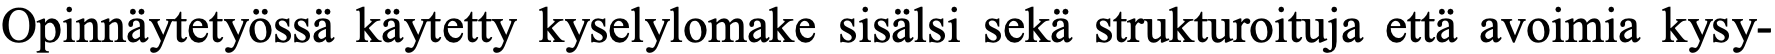
Opinnäytetyössä käytetty kyselylomake sisälsi sekä strukturoituja että avoimia kysy-